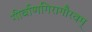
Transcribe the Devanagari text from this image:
गीर्वाणगिरागौरवम्